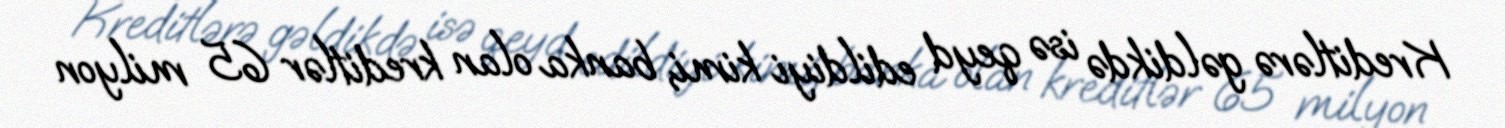
Kreditlərə gəldikdə isə qeyd edildiyi kimi, banka olan kreditlər 65 milyon